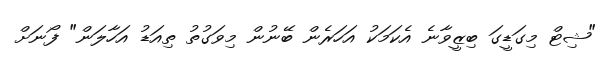
"ޝިޓް މިގަޑީގަ ބިޒީވާނެ އެކަމަކު އަހަރެން ބޭނުން މިވަގުތު ތިއަޑު އަހާލަން" ފޯނަށް